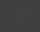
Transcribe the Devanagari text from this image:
थूंकने